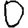
Digit: 0